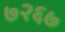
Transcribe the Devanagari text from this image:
७२६७